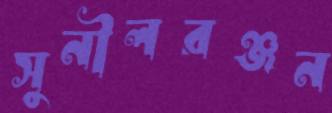
সুনীলরঞ্জন